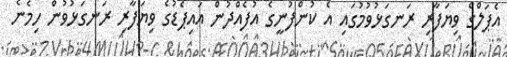
އެޕަލްގެ ވިޔަފާރި ރަނގަޅުވުމުގައި އެ ކުންފުނީގެ އުފެއްދުން އައިޕެޑުގެ ވިޔަފާރި ރަނގަޅުވުން ހިމެނެ